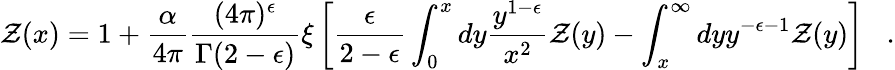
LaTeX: {\cal Z}(x)=1+\frac{\alpha}{4\pi}\frac{(4\pi)^{\epsilon}}{\Gamma(2-\epsilon)}\xi\left[{\frac{\epsilon}{2-\epsilon}}\int_{0}^{x}dy{\frac{y^{1-\epsilon}}{x^{2}}}{\cal Z}(y)-\int_{x}^{\infty}dyy^{-\epsilon-1}{\cal Z}(y)\right]\; \; \; .